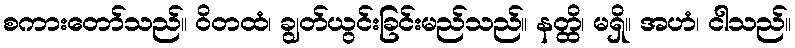
စကားတော်သည်။ ဝိတထံ၊ ချွတ်ယွင်းခြင်းမည်သည်။ နတ္ထိ၊ မရှိ။ အဟံ၊ ငါသည်။